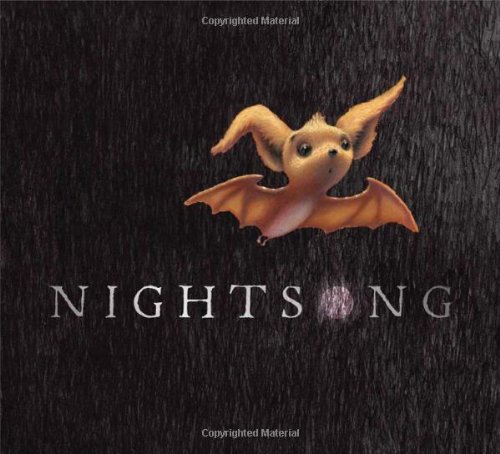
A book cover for Nightsong; Ari Berk; Children's Books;